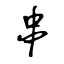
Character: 串